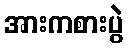
အားကစားပွဲ